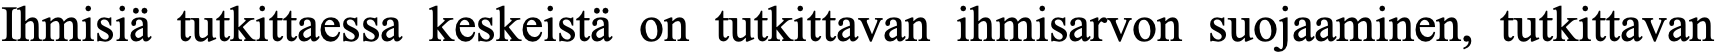
Ihmisiä tutkittaessa keskeistä on tutkittavan ihmisarvon suojaaminen, tutkittavan